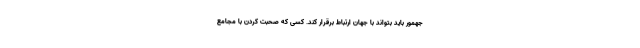
جهمور باید بتواند با جهان ارتباط برقرار کند. کسی که صحبت کردن با مجامع